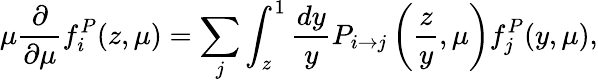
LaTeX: \mu\frac{\partial}{\partial\mu}f_{i}^{P}(z,\mu)=\sum_{j}\int_{z}^{1}\frac{dy}{y}P_{i\rightarrow j}\left(\frac{z}{y},\mu\right)f_{j}^{P}(y,\mu),